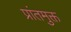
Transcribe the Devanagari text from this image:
प्रांतमुक्त